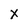
Character: X